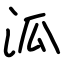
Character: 泒